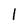
Character: 1